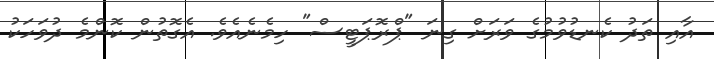
އާއި ތަދު ކެނޑުވުމުގެ ވަރަށް ގިނަ "ޕްރޮޕަޓީސް" ހިމެނެއެވެ. އެގޮތުން ކޮންމެ ދުވަހަކު